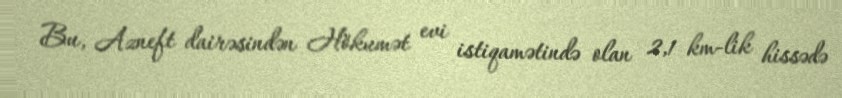
Bu, Azneft dairəsindən Hökumət evi istiqamətində olan 2,1 km-lik hissədə